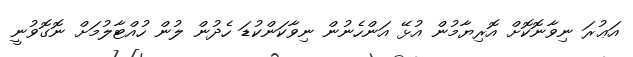
އަޢުރަ ނިވާނޮކޮށް އޮރިޔާމުން އުޅޭ އަންހެނުން ނިވާކަންކުޑަ ހެދުން ލުން ހުއްޓާލުމަށް ނޮގޮވުނީ